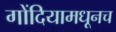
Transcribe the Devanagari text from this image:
गोंदियामधूनच